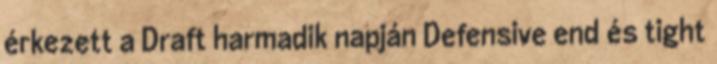
érkezett a Draft harmadik napján Defensive end és tight